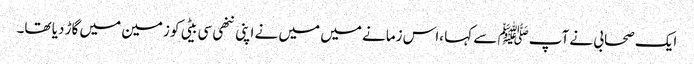
ایک صحابی نے آپﷺ سے کہا ،اس زمانے میں میں نے اپنی ننھی سی بیٹی کو زمین میں گاڑ دیا تھا۔